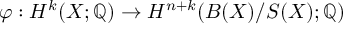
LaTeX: \varphi : H ^ { k } ( X ; \mathbb { Q } ) \to H ^ { n + k } ( B ( X ) / S ( X ) ; \mathbb { Q } )